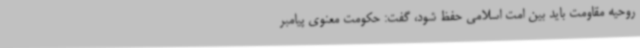
روحیه مقاومت باید بین امت اسلامی حفظ شود، گفت: حکومت معنوی پیامبر